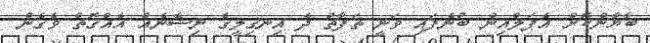
ބާޔާންކޮށް އެޕަލްއިން ބުނެފައި ވަނީ ތަފާތު ދެ އިނގިލީގެ ނިޝާނެއް އެއްގޮތް ވެގެން